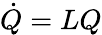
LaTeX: \dot{Q}=LQ